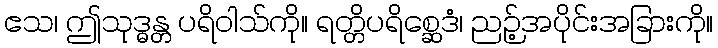
ဧသ၊ ဤသုဒ္ဓန္တ ပရိဝါသ်ကို။ ရတ္တိပရိစ္ဆေဒံ၊ ညဉ့်အပိုင်းအခြားကို။